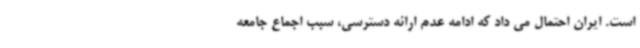
است. ایران احتمال می داد که ادامه عدم ارائه دسترسی، سبب اجماع جامعه